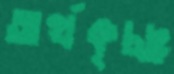
অর্থকৃচ্ছ্র